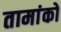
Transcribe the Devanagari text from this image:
तामांको